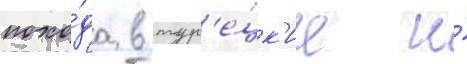
похо́да в тур'е́цк'ие и́